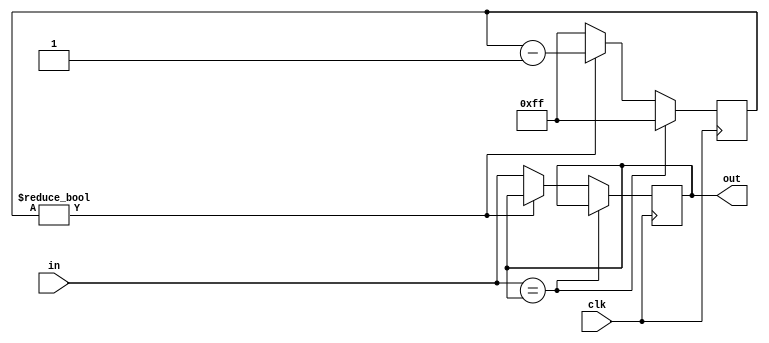
// debounce.v
//
// ignore transient input changes below threshold time
//

module debounce #(
  parameter              MIN_TIME = 256   // minimum stable clock-cycles
) (
  input                  clk,             // clock signal
  input                  in,              // noisy input
  output                 out              // stable output
);

  reg last = 0;  // last stable value

  // stability timer
  localparam N_TIMER = $clog2(MIN_TIME);
  reg [N_TIMER-1:0] timer = 0;

  always @(posedge clk)
    if (in == last)  // unchanged
      timer <= (MIN_TIME - 1);  // reset timer
    else if (timer)  // counting down
      timer <= timer - 1'b1;
    else  // new stable value
      begin
        last <= in;
        timer <= (MIN_TIME - 1);  // reset timer
      end

  assign out = last;

endmodule